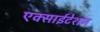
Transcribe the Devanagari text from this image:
एक्साईटेशन